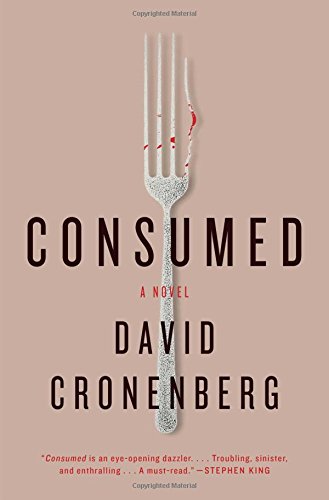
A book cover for Consumed: A Novel; David Cronenberg; Mystery, Thriller & Suspense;